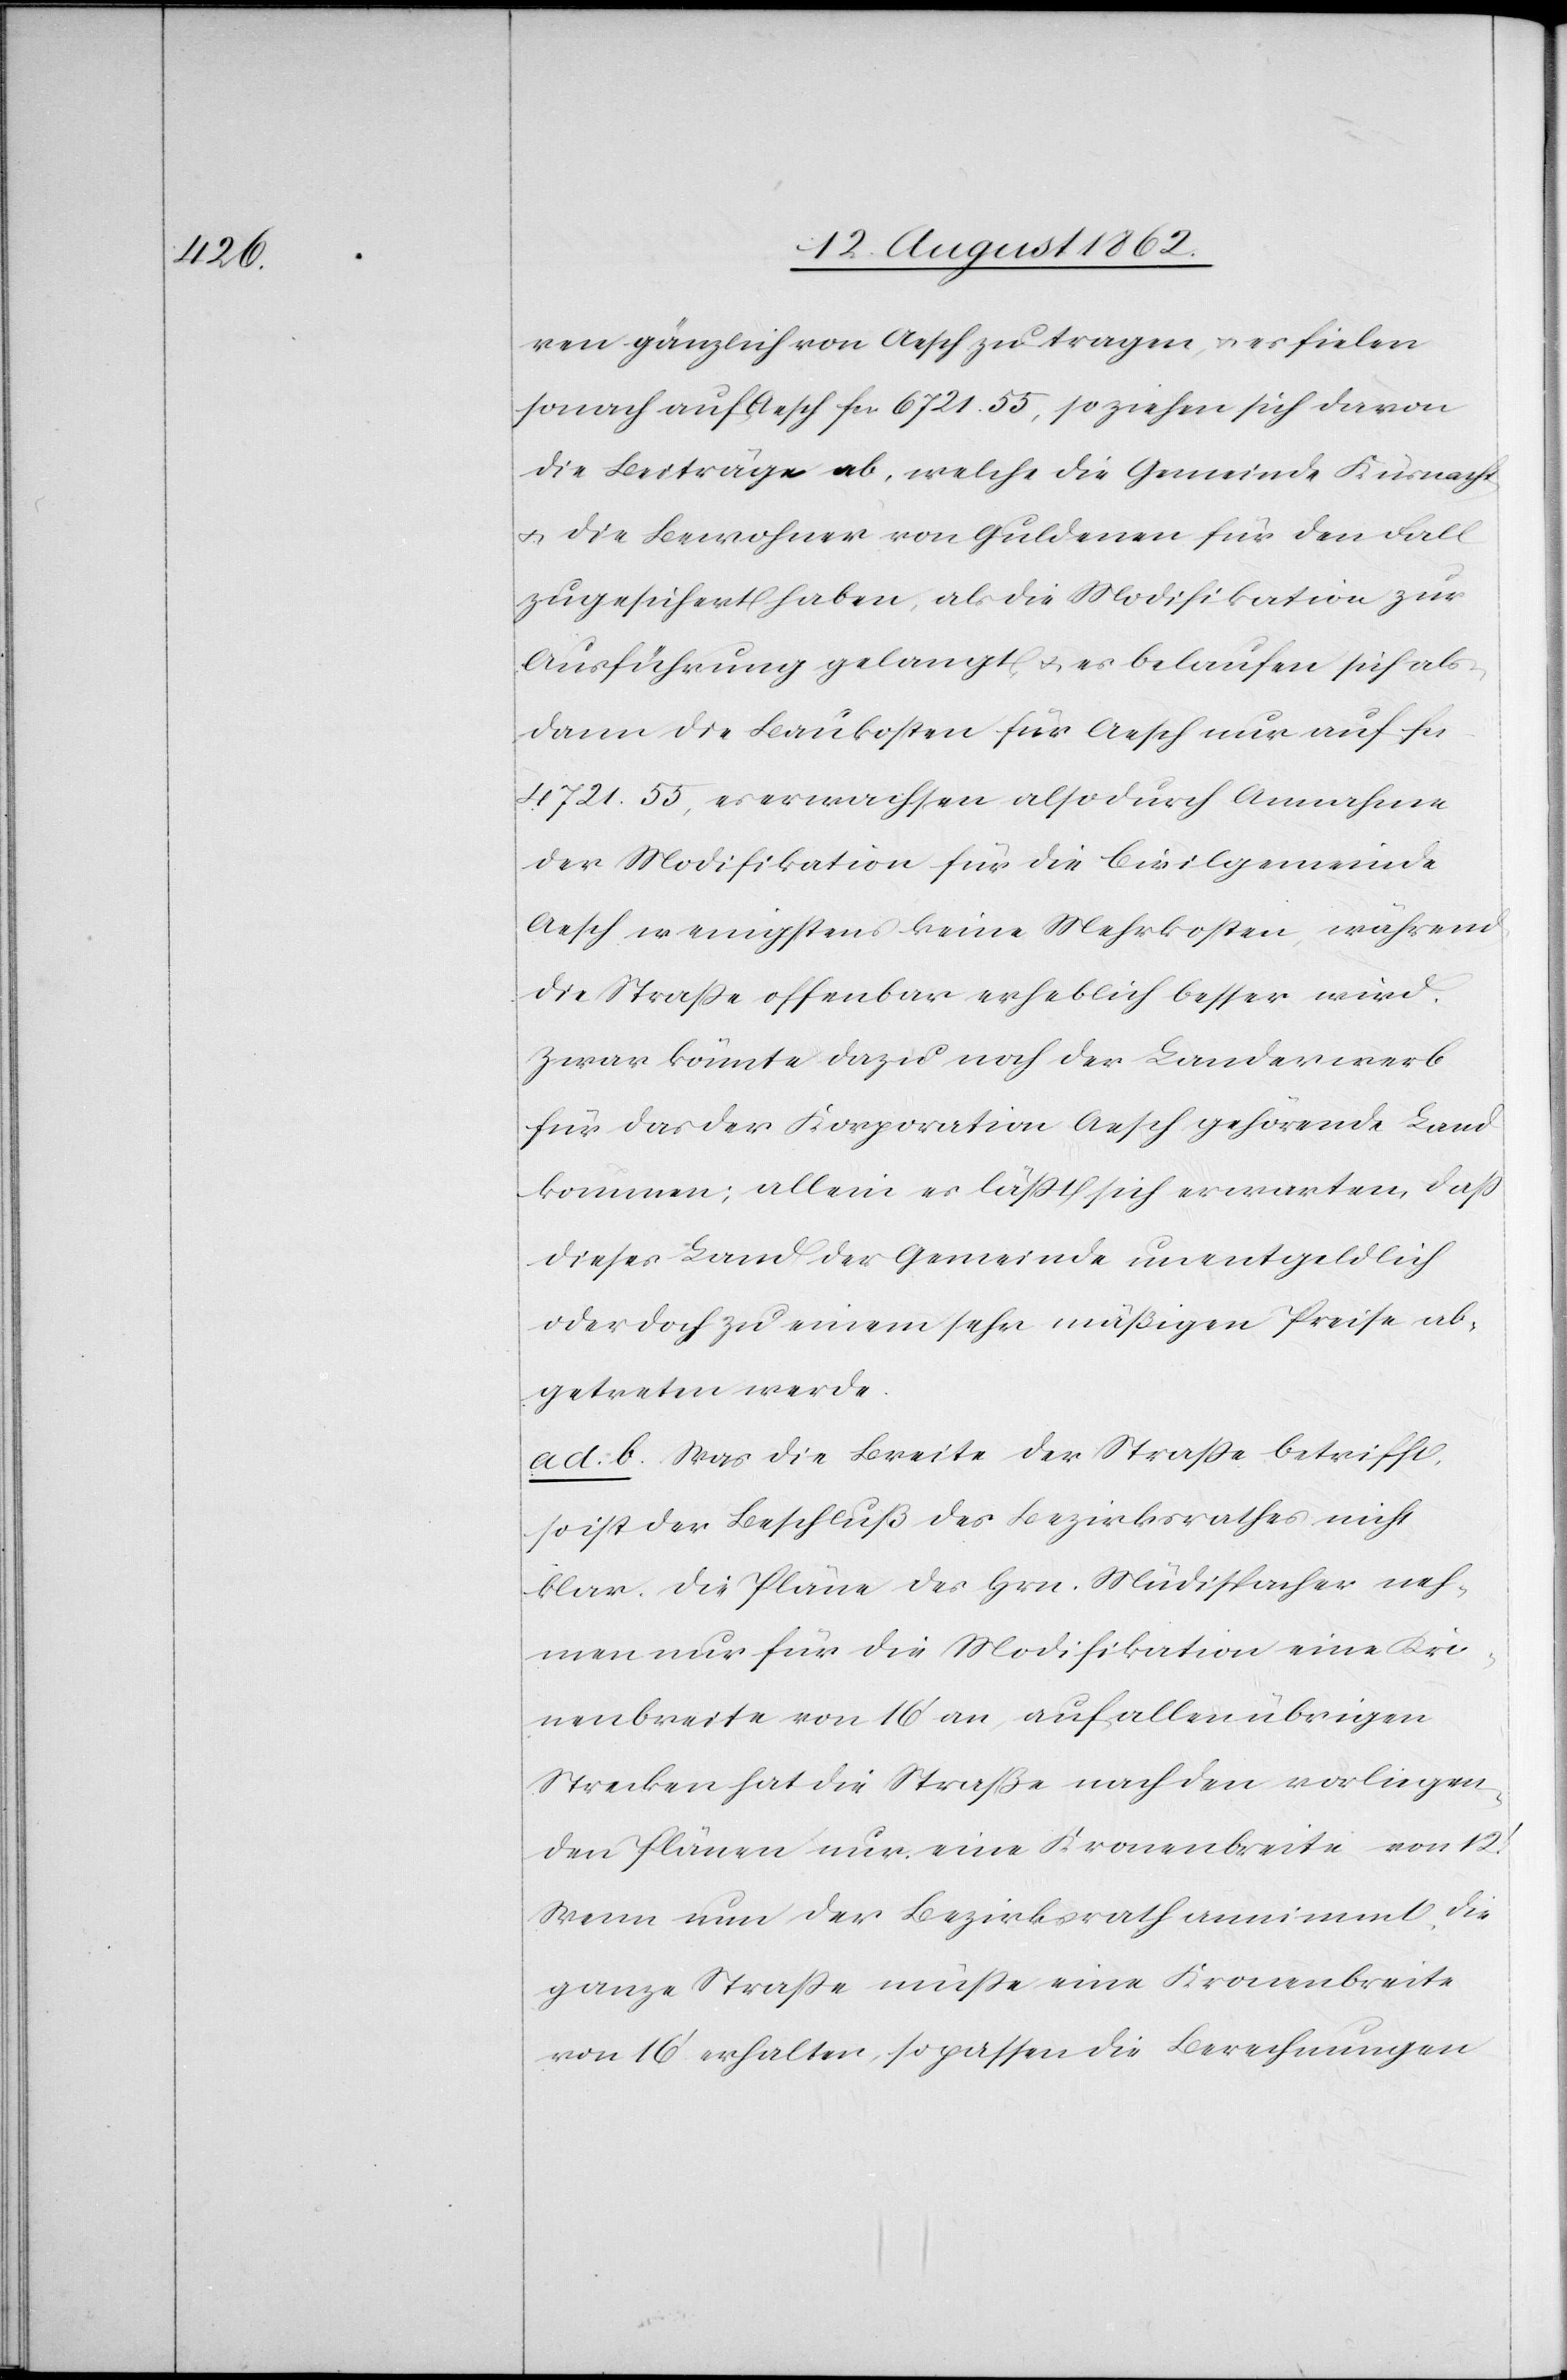
ren gänzlich von Aesch zu tragen, u. es fielen
sonach auf Aesch fcs. 6721. 55, so ziehen sich davon
die Beiträge ab, welche die Gemeinde Küsnacht
u. die Bewohner von Guldenen für den Fall
zugesichert haben, als die Modifikation zur
Ausführung gelangt u. es belaufen sich als¬
dann die Baukosten für Aesch nur auf fcs.
4721. 55, es erwachsen also durch Annahme
der Modifikation für die Civilgemeinde
Aesch wenigstens keine Mehrkosten, während
die Straße offenbar erheblich besser wird.
Zwar könnte dazu noch der Landerwerb
für das der Korporation Aesch gehörende Land
kommen; allein es läßt sich erwarten, daß
dieses Land der Gemeinde unentgeldlich
oder doch zu einem sehr mäßigen Preise ab¬
getreten werde.
ad b. Was die Breite der Straße betrifft,
so ist der Beschluß des Bezirksrathes nicht
klar. Die Pläne des Hrn. Müdispacher neh¬
men nur für die Modifikation eine Kro¬
nenbreite von 16’ an auf allen übrigen
Strecken hat die Straße nach den vorliegen¬
den Plänen nur eine Kronenbreite von 12’.
Wenn nun der Bezirksrath annimmt, die
ganze Straße müße eine Kronenbreite
von 16’ erhalten, so passen die Berechnungen